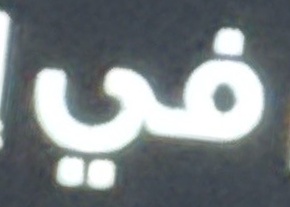
في